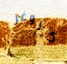
كروغر